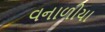
વનાળીયા